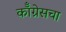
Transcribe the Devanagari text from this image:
कॉँग्रेसचा